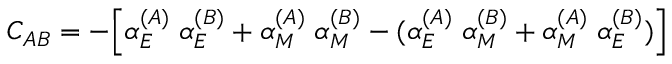
C _ { A B } = - \Bigl [ \alpha _ { E } ^ { ( A ) } \; \alpha _ { E } ^ { ( B ) } + \alpha _ { M } ^ { ( A ) } \; \alpha _ { M } ^ { ( B ) } - ( \alpha _ { E } ^ { ( A ) } \; \alpha _ { M } ^ { ( B ) } + \alpha _ { M } ^ { ( A ) } \; \alpha _ { E } ^ { ( B ) } ) \Bigr ]